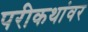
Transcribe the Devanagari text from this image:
परीकथांवर